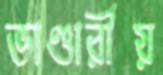
ভাণ্ডারীয়